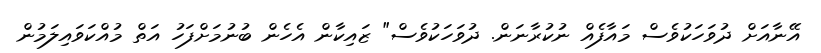
އޭނާއަށް ދުވަހަކުވެސް މައާފެއް ނުކުރާނަން. ދުވަހަކުވެސް" ޒައިކާން އެހެން ބުނުމަށްފަހު އަތް މުއްކަވައިލަމުން